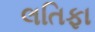
લતિફા